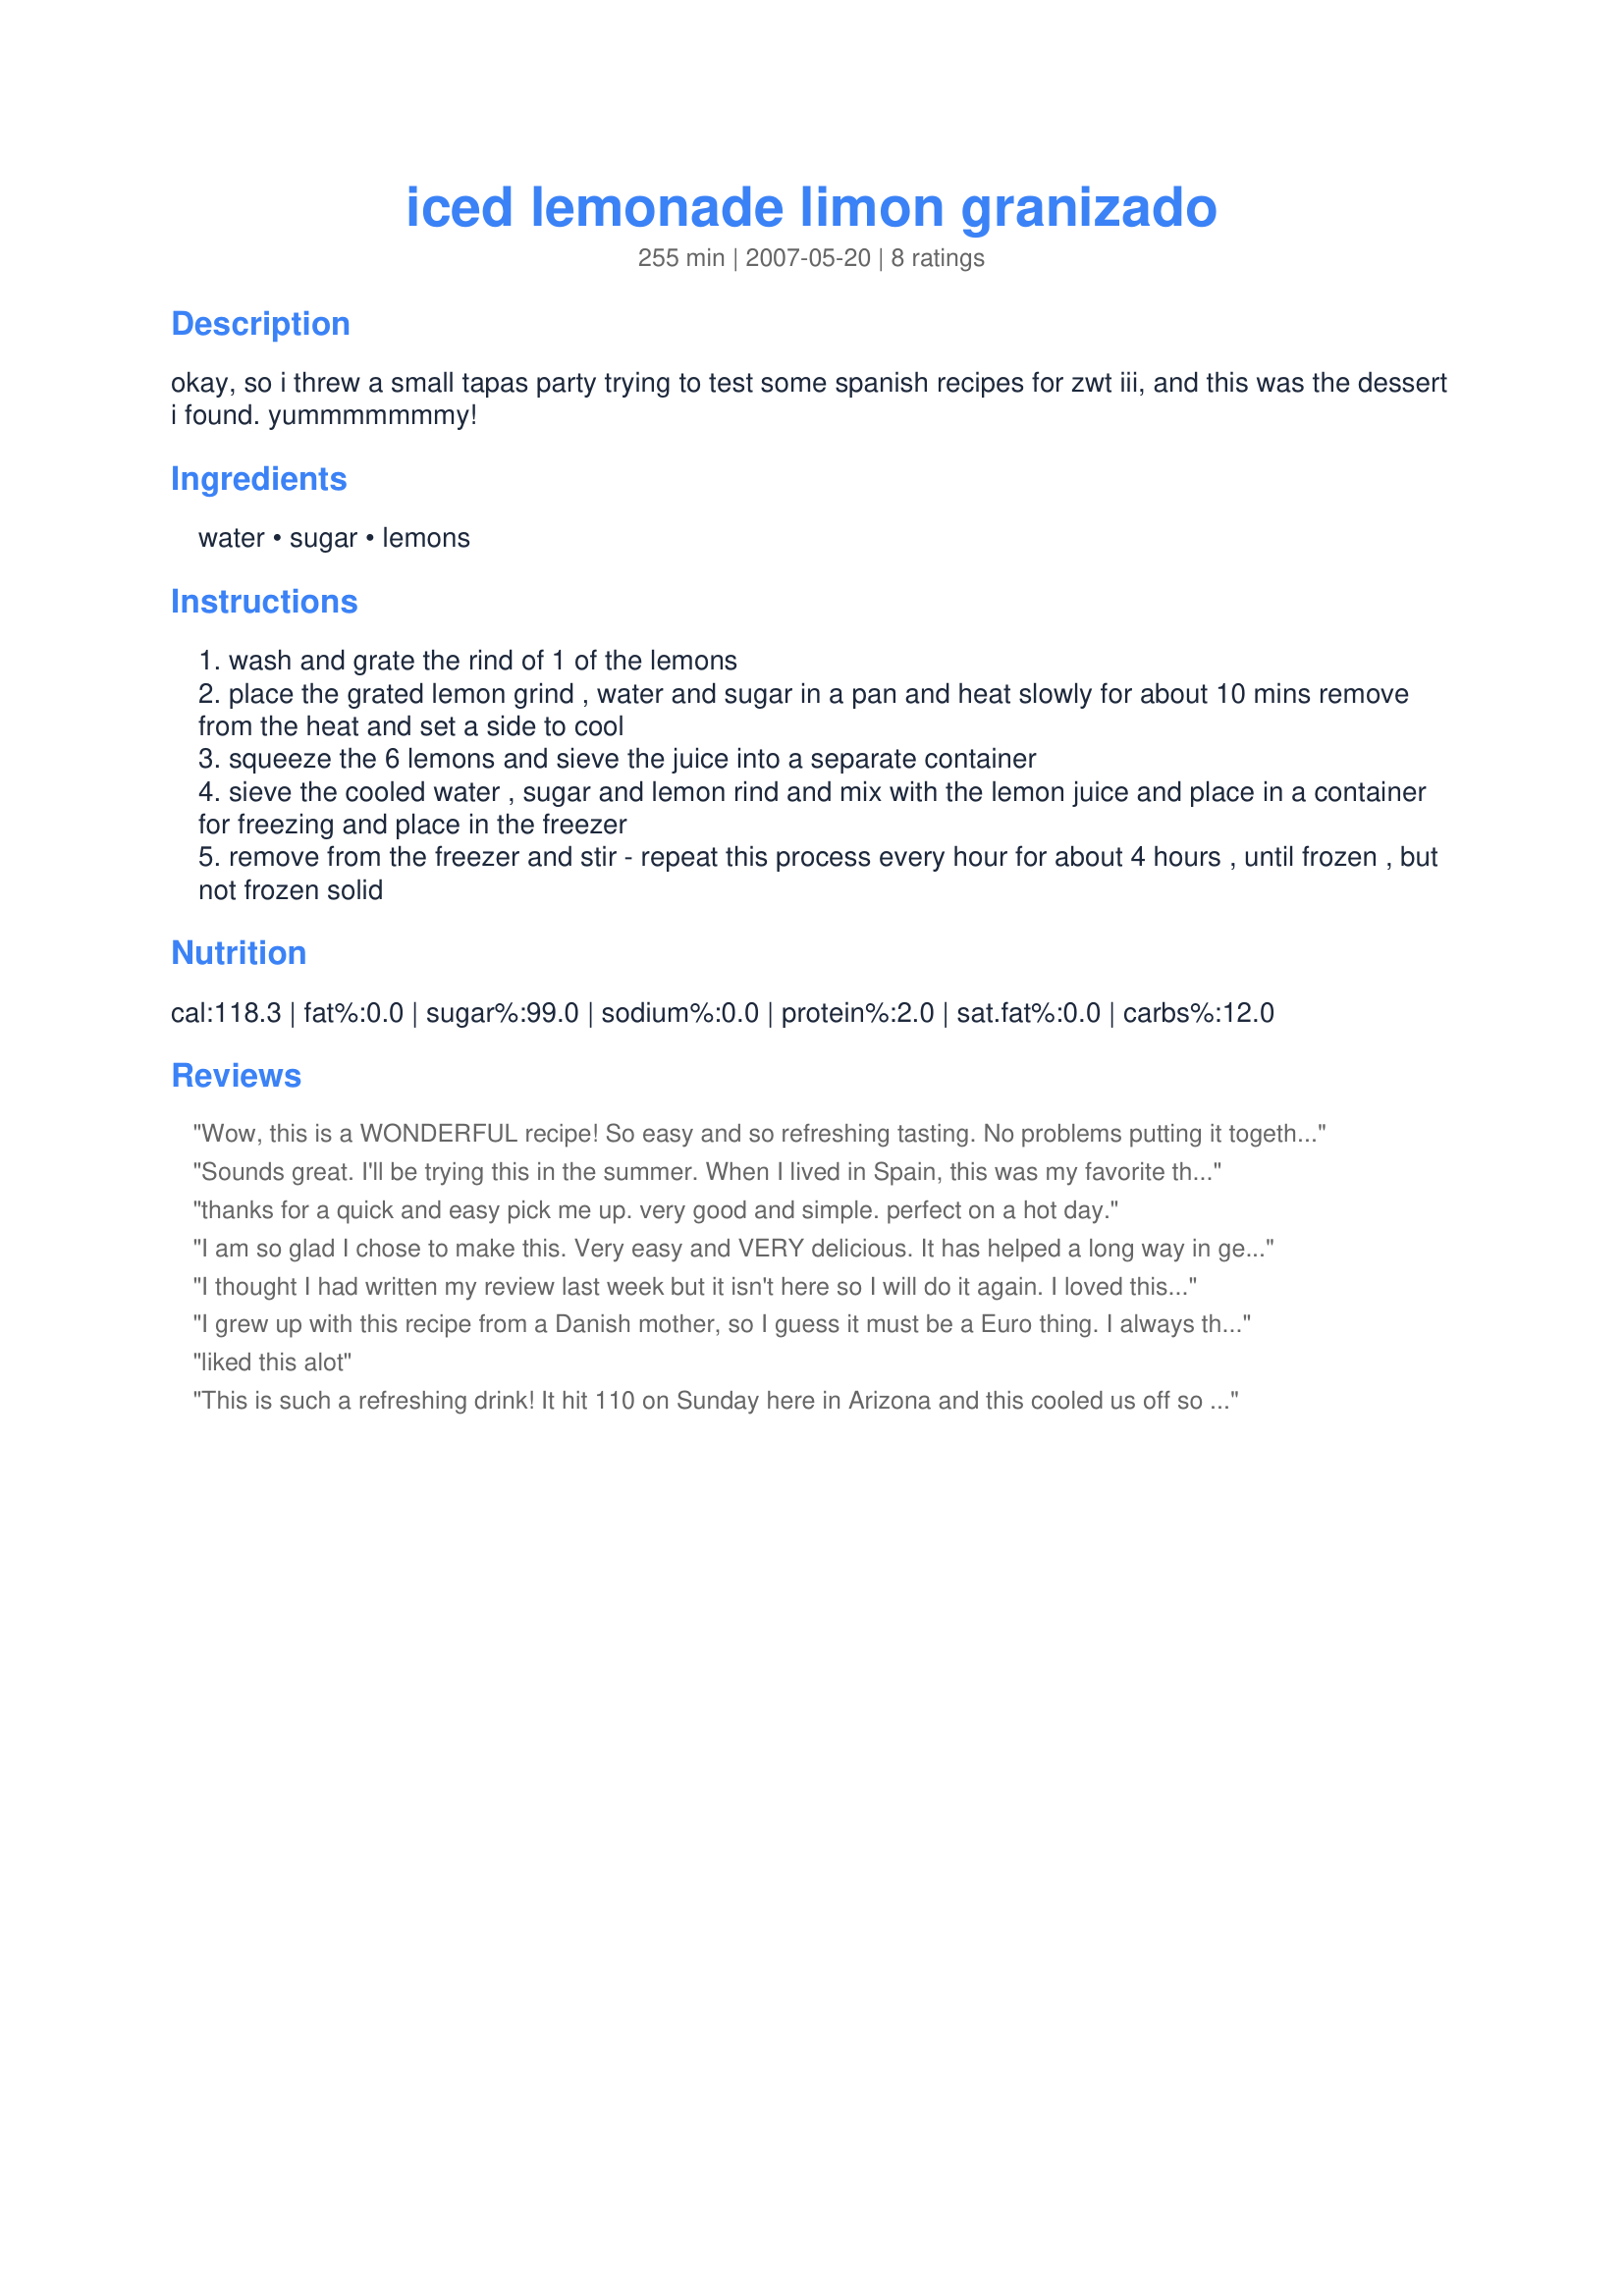
iced lemonade limon granizado
Preparation time: 255 minutes

okay, so i threw a small tapas party trying to test some spanish recipes for zwt iii, and this was the dessert i found. yummmmmmmy!

Ingredients:
water, sugar, lemons

Steps:
wash and grate the rind of 1 of the lemons
place the grated lemon grind , water and sugar in a pan and heat slowly for about 10 mins remove from the heat and set a side to cool
squeeze the 6 lemons and sieve the juice into a separate container
sieve the cooled water , sugar and lemon rind and mix with the lemon juice and place in a container for freezing and place in the freezer
remove from the freezer and stir - repeat this process every hour for about 4 hours , until frozen , but not frozen solid

Reviews:
Wow, this is a WONDERFUL recipe! So easy and so refreshing tasting. No problems putting it together, and had lemons on hand. I juiced the lemons in a bowl, and after cooled I just threw the lemon-sugar mix right on top, and just as easily scrapped the ice lemon. Fun for your family~and tasty too~ I served with fresh strawberries just placed on top. Made for *ZWT3 07* ~thanks!
Sounds great. I'll be trying this in the summer. When I lived in Spain, this was my favorite thing in the world...especially on hot afternoons and you could buy them from the street vendors. Maybe I won't be waiting 'til summer to try this out!
thanks for a quick and easy pick me up. very good and simple. perfect on a hot day.
I am so glad I chose to make this. Very easy and VERY delicious. It has helped a long way in getting us through a heatwave here in Greece. Highly recommended.
I thought I had written my review last week but it isn't here so I will do it again. I loved this and because my husband didn't I got to have most of it. I knew he wouldn't as he isn't fond of lemon. So I won't take his opinion into consideration on this one. It is so absolutely refreshing. It is sweet and tart and cold. I will be making it again. Yummy. Thanks for posting this recipe.
I grew up with this recipe from a Danish mother, so I guess it must be a Euro thing. I always thought it was my favorite frozen treat in the summer. Thank you so much for the ratio's as I never did get the recipe from Mom.
liked this alot
This is such a refreshing drink! It hit 110 on Sunday here in Arizona and this cooled us off so well before dinner! I thought the lemon would be too overpowering but it really came out sweet-tart. It was a little too tart for my toddler, but he still kept trying to drink mine. Thanks for the keeper!
